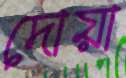
দোয়া